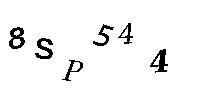
8SP544